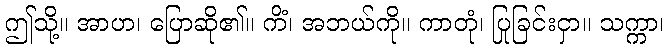
ဤသို့။ အာဟ၊ ပြောဆို၏။ ကိံ၊ အဘယ်ကို။ ကာတုံ၊ ပြုခြင်းငှာ။ သက္ကာ၊